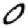
Digit: 0